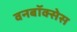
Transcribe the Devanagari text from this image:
वनबॉक्सेस